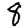
Digit: 8